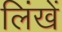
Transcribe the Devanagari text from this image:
लिंखें